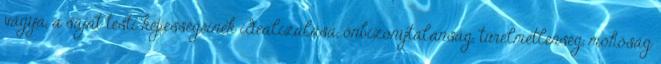
vágya, a saját testi képességeinek idealizálása, önbizonytalanság, türelmetlenség, mohóság